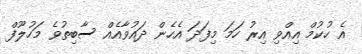
އެ ހުކުމް އިއްވި އިރު ހަމަ މިފަދަ އެހެން ދައުވާއެއް ސާބިތުވެ މަހުލޫފް